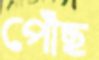
পোঁছ